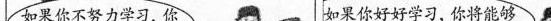
如果你不努力学习，你如果你好好学习，你将能够